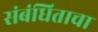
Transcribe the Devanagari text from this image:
संबंधिताचा